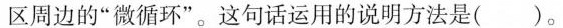
区周边的“微循环”。这句话运用的说明方法是( )。